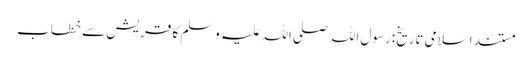
مستند اسلامی تاریخ: رسول اللہ صلی اللہ علیہ وسلم کا قریش سے خطاب